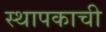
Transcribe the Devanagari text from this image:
स्थापकाची